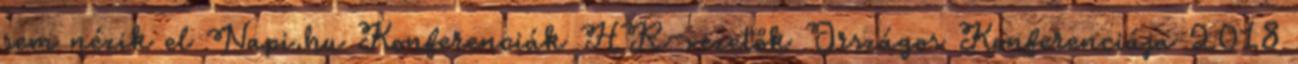
sem nézik el Napi.hu Konferenciák HR-vezetők Országos Konferenciája 2018